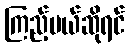
ကြည့်မယ်ဆိုရင်